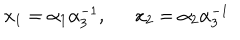
LaTeX: x _ { 1 } = \alpha _ { 1 } \alpha _ { 3 } ^ { - 1 } , x _ { 2 } = \alpha _ { 2 } \alpha _ { 3 } ^ { - 1 }